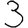
Digit: 3